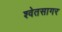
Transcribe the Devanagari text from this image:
श्वेतसागर